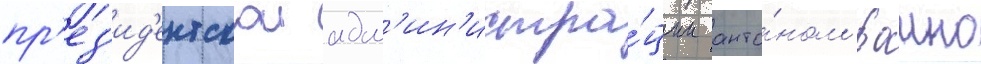
пр'ез'ид'ентскои адм'ин'истра́ции анто́ном ваино